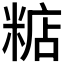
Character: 𥺦